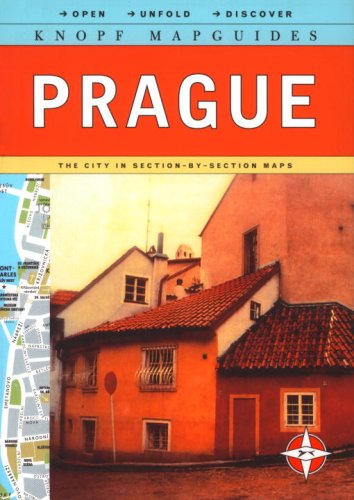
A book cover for Knopf MapGuide: Prague (Knopf Mapguides); Knopf Guides; Travel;